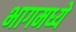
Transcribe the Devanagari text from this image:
भागमध्ये